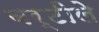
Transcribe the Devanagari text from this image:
बर्टीले